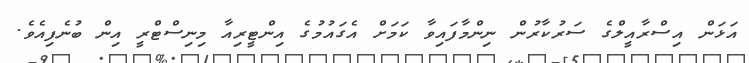
އަޅަން އިސްރާއީލްގެ ސަރުކާރުން ނިންމާފައިވާ ކަމަށް އެގައުމުގެ އިންޓީރިއާ މިނިސްޓްރީ އިން ބުނެފިއެވެ.